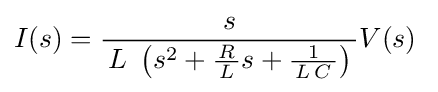
I(s)={\frac {s}{\,L\ \left(s^{2}+{\frac {R}{\,L\,}}s+{\frac {1}{\,L\,C\,}}\right)\,}}V(s)\;